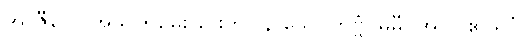
အာဇီဝေါ၊ အသက်မွေးခြင်းကို။ န သေဝိတဗ္ဗံ၊ မမှီဝဲအပ်။ ဧဝရူပံ၊